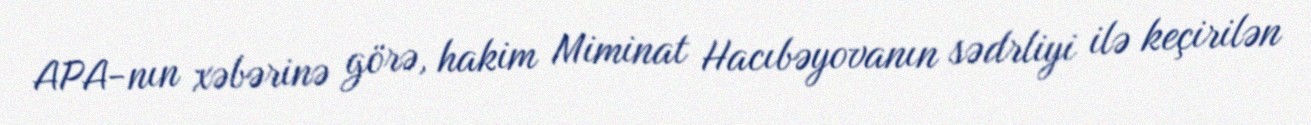
APA-nın xəbərinə görə, hakim Miminat Hacıbəyovanın sədrliyi ilə keçirilən